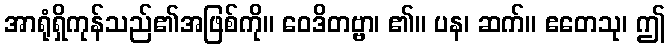
အာရုံရှိကုန်သည်၏အဖြစ်ကို။ ဝေဒိတဗ္ဗာ၊ ၏။ ပန၊ ဆက်။ ဧတေသု၊ ဤ